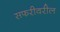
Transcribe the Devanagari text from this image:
सफरीवरील